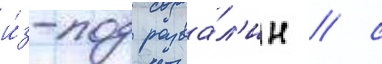
и́з-под разва́л'ин / с